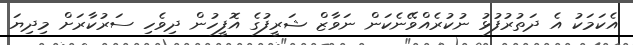
އެކަމަކު އެ ދަތުރުފުޅު ނުކުރެއްވޭނެކަން ނަވާޒް ޝަރީފުގެ އޮފީހުން ދިވެހި ސަރުކާރަށް މިދިޔަ